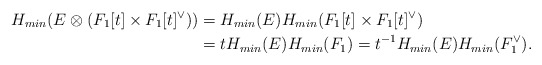
\begin{align*}H_{min}(E\otimes (F_1[t]\times F_1[t]^{\vee}))&=H_{min}(E)H_{min}(F_1[t]\times F_1[t]^{\vee})\\&=tH_{min}(E)H_{min}(F_1)=t^{-1}H_{min}(E)H_{min}(F_1^{\vee}).\end{align*}